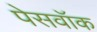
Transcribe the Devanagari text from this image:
पेसवॉक